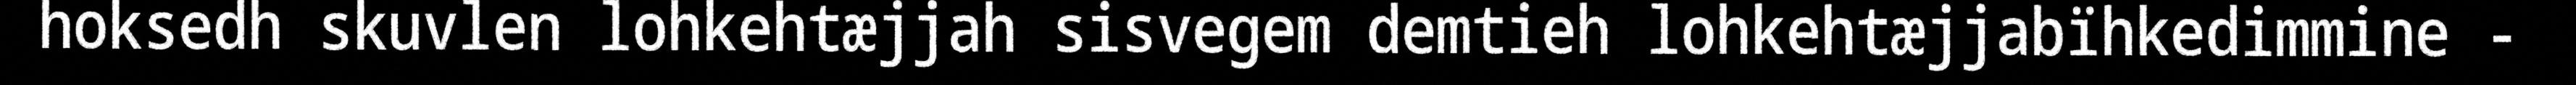
hoksedh skuvlen lohkehtæjjah sisvegem demtieh lohkehtæjjabïhkedimmine -